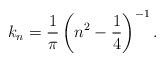
LaTeX: \begin{align*} k_n = \frac{1}{\pi} \left( n^2 - \frac{1}{4} \right)^{- 1} .\end{align*}